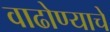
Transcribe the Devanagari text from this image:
वाढोण्याचे